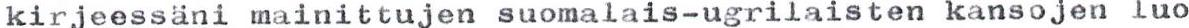
kirjeessäni mainittujen suomalais-ugrilaisten kansojen luo